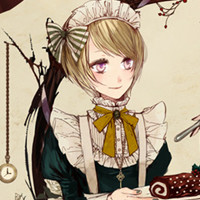
残萤栖玉露，早雁拂金河。